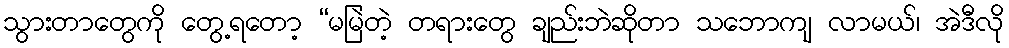
သွားတာတွေကို တွေ့ရတော့ “မမြဲတဲ့ တရားတွေ ချည်းဘဲဆိုတာ သဘောကျ လာမယ်၊ အဲဒီလို